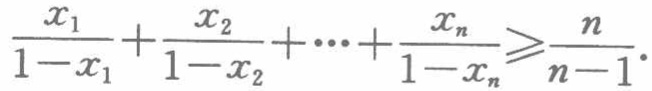
$\frac{x_{1}}{1 - x_{1}}+\frac{x_{2}}{1 - x_{2}}+\cdots+\frac{x_{n}}{1 - x_{n}}\geqslant\frac{n}{n - 1}.$